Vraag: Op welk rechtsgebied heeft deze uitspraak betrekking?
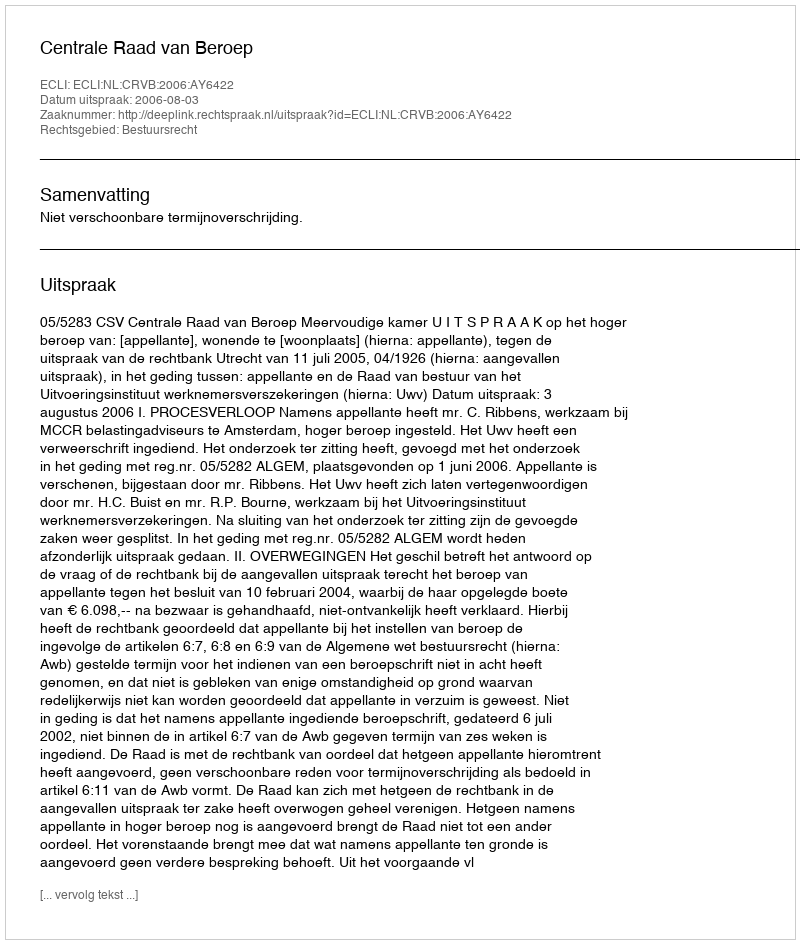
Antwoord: Bestuursrecht